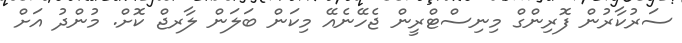
ސަރުކާރުން ފޮރިންގް މިނިސްޓްރީން ޖެހޭނެއޭ މިކަން ބަލަން ލާރޖް ކޮށް. މުންދު އަށް